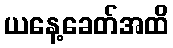
ယနေ့ခေတ်အထိ